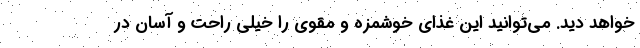
خواهد دید. می‌توانید این غذای خوشمزه و مقوی را خیلی راحت و آسان در